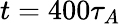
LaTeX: t=400\tau_{A}